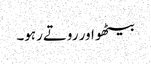
بیٹھو اور روتے رہو۔